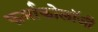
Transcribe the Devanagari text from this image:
फर्माकोलॉजी